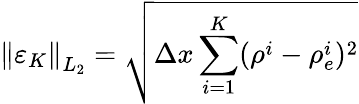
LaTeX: \left\| \varepsilon_{K}\right\| _{L_{2}}=\sqrt{\Delta x\sum_{i=1}^{K}(\rho^{i}-\rho_{e}^{i})^{2}}